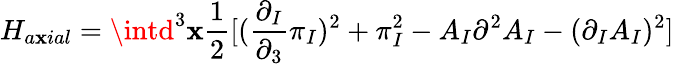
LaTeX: H_{a\mathbf{x}ial}=\intd^{3}\mathbf{x}\frac{{1}}{{2}}[(\frac{{\partial_{I}}}{{\partial_{3}}}\pi_{I})^{2}+\pi_{I}^{2}-A_{I}\partial^{2}A_{I}-(\partial_{I}A_{I})^{2}]